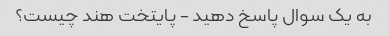
به یک سوال پاسخ دهید - پایتخت هند چیست؟